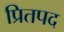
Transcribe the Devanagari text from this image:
प्रितपद